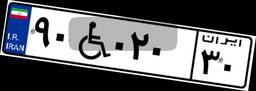
۹۰W۰۲۰۳۰